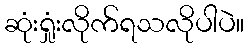
ဆုံးရှုံးလိုက်ရသလိုပါပဲ။